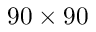
9 0 \times 9 0